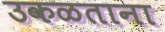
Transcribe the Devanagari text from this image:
उकळताना